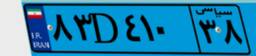
۵۴D۱۰۴۰۱